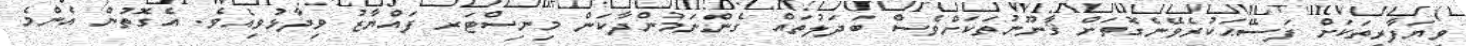
ވިޔަފާރިތަކަށް ފަސޭޙަކުރެވޭނެގޮތަށް ޤާނޫނުތަކަށްވެސް ބަދަލުތައް ގެންނަމުންދާކަން މިނިސްޓަރ ފައްޔާޒު ވިދާޅުވިއެވެ. އެގޮތުން އެންމެ